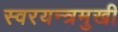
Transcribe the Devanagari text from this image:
स्वरयन्त्रमुखी